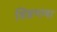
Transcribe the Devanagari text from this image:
शिष्टभाषा